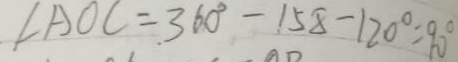
\angle A O C = 3 6 0 ^ { \circ } - 1 5 8 - 1 2 0 ^ { \circ } = 9 0 ^ { \circ }